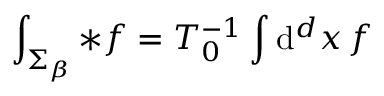
\int _ { \Sigma _ { \beta } } { * f } = T _ { 0 } ^ { - 1 } \int \mathrm { d } ^ { d } x \, f